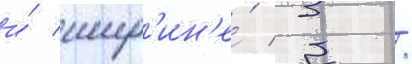
и́ шир'ин'е́ 3 /